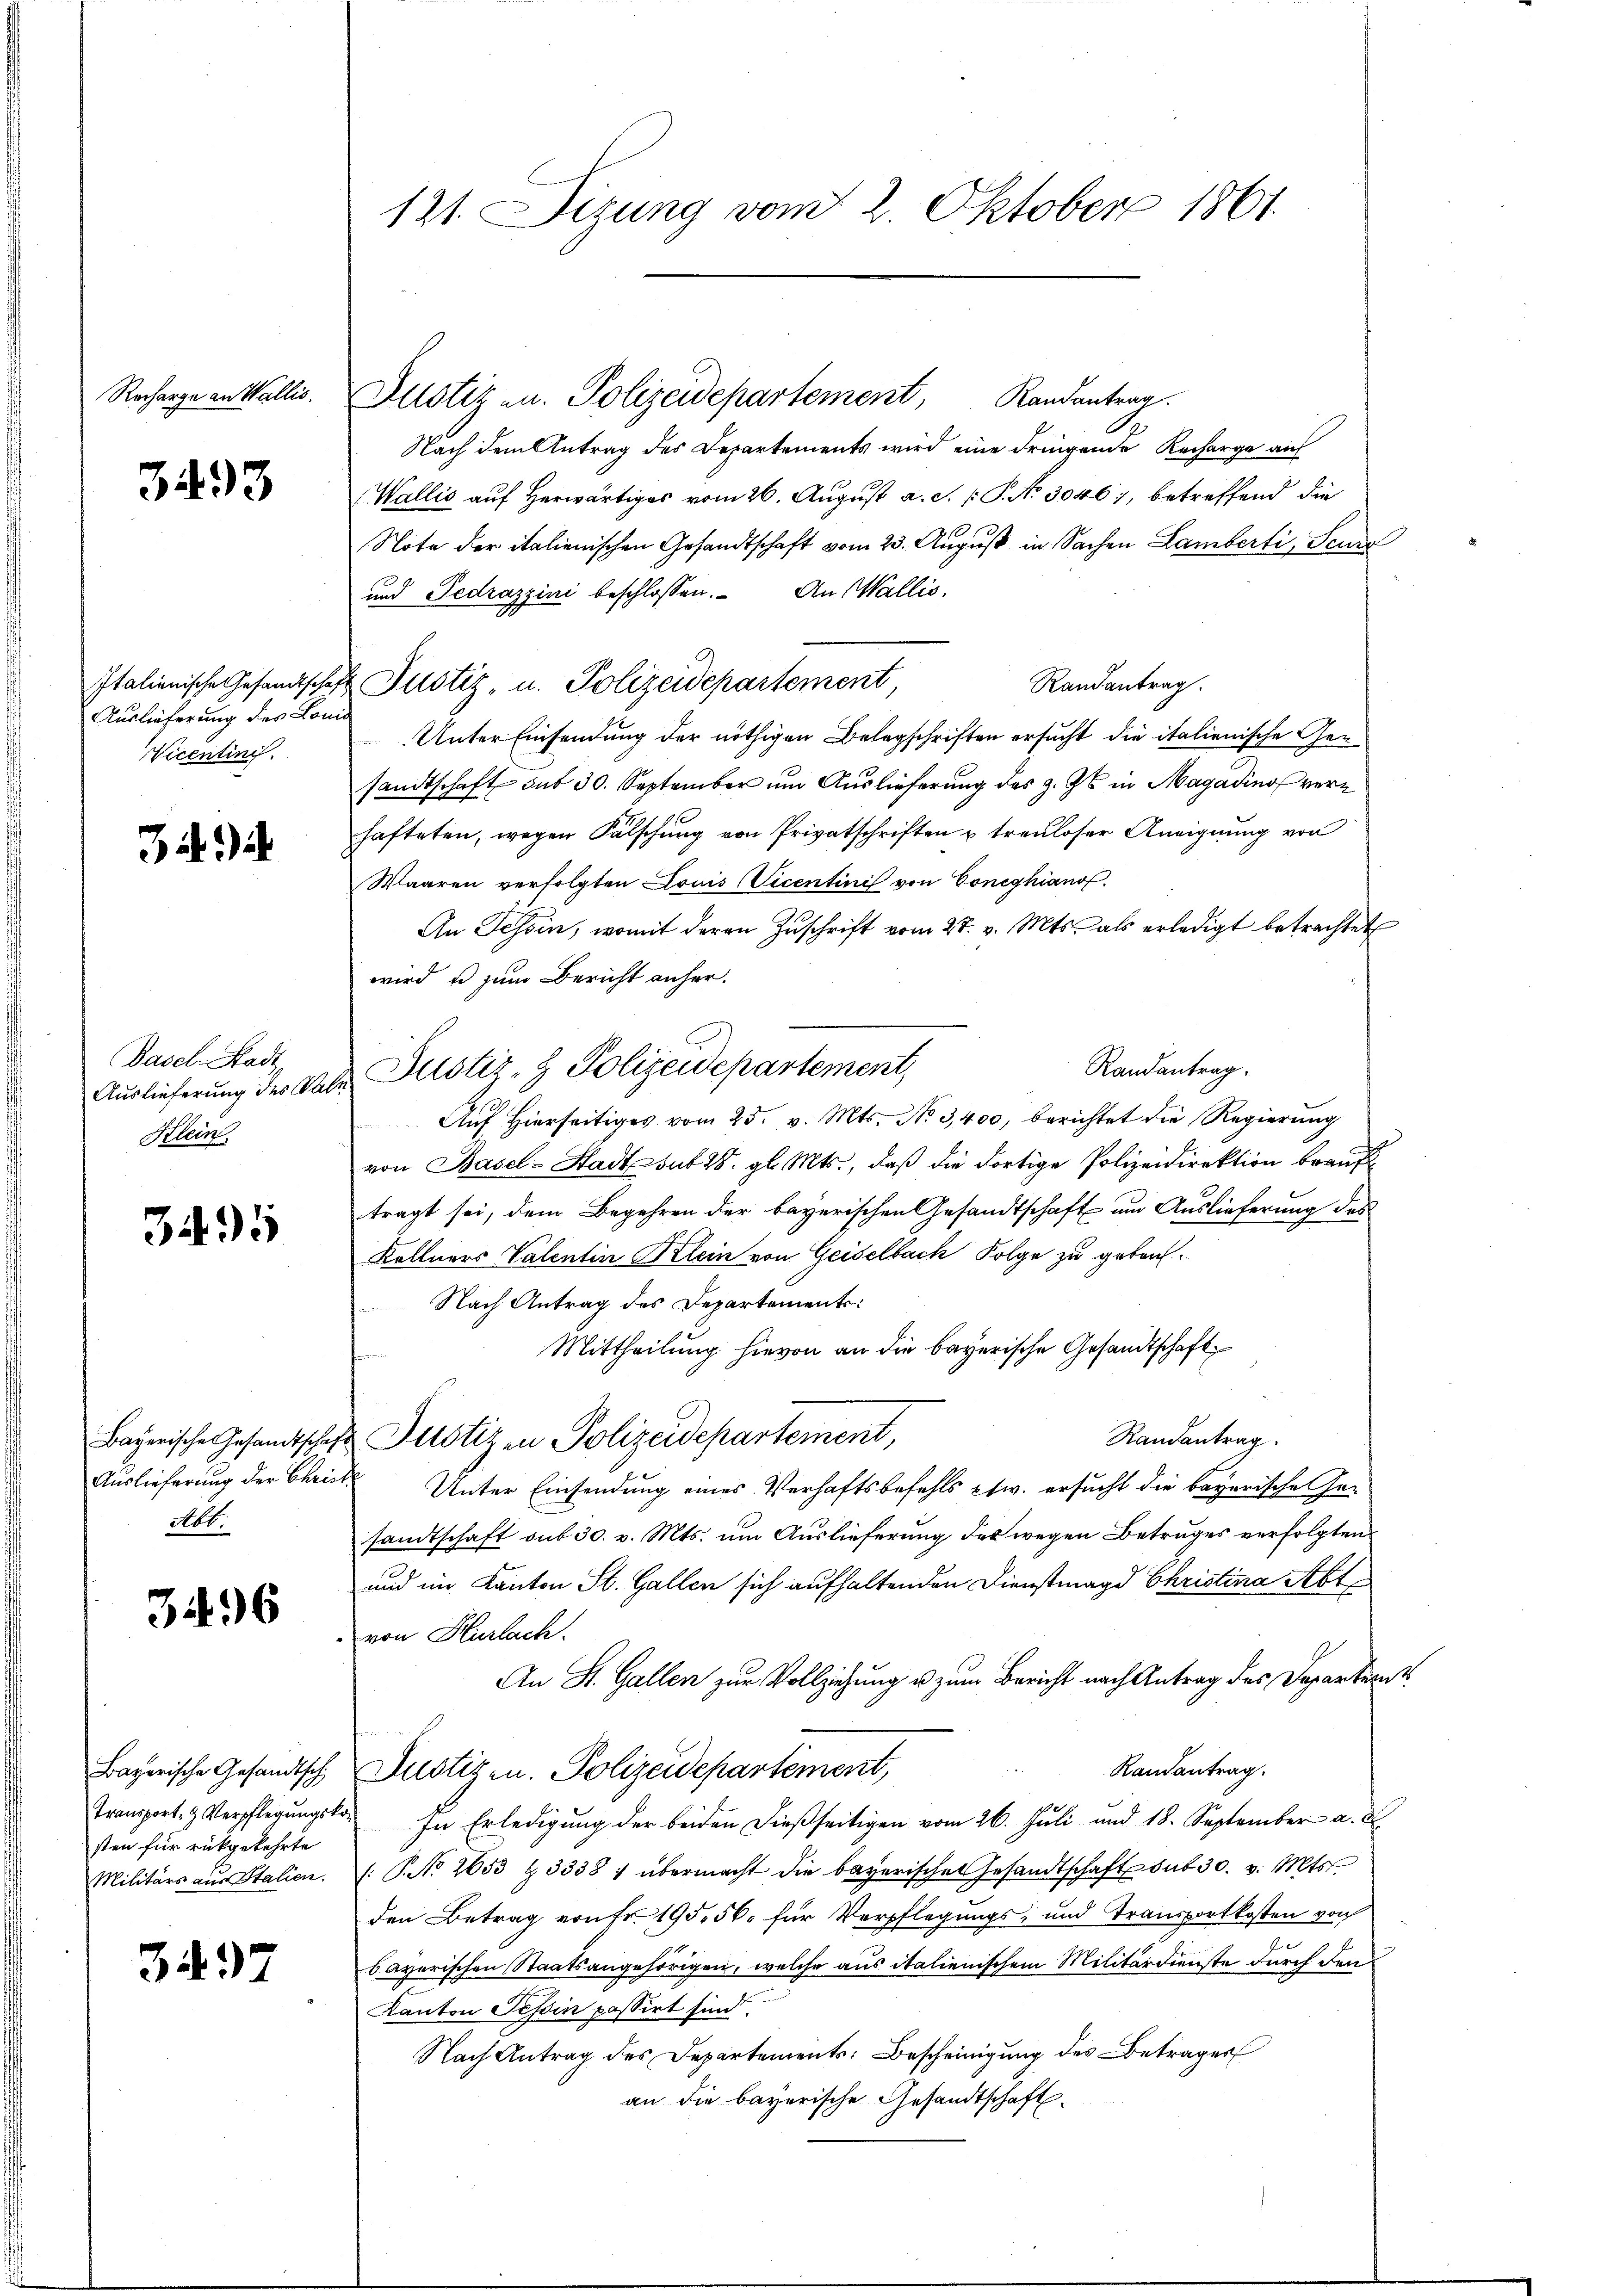
Recharge an Wallis.

3493

Auslieferung des Lond
Vicentini.

34)

Basel-Stadt,
Klein.

3495

Auslieferung der Chri¬
Abt.

3496

sten für rückgekehrte

3497

121. Sizung vom 2. Oktober 1861

Justiz u. Polizeidepartement, Randantrag.
Nach dem Antrag des Departements wird eine dringende Recharge auf
Wallis auf Herwärtiges vom 26. August a. S. P. No 3046), betreffend die
Note der italienischen Gesandtschaft vom 23. August in Sachen Lamberti, Seuza
und Gedrazzini beschlossen. An Wallis,
Italienische Gesandtschaft Justiz- u. Polizeidepartement
Randantrag.
Unter Einsendung der nöthigen Belegschriften ersucht die italienische Gesandtschaft mit 30. September um Auslieferung des z. Zt. in Magadino verhafteten, wegen Fälschung von Privatschriften u treuloser Aneignung von
Waaren verfolgten Louis Vicentinis von Coneghianof
An Tessin, womit deren Zŭschrift vom 28. v. Mts. als erledigt betrachtet
wird u zum Bericht anher.
Randantrag.
Auslieferung des Salz, Pustiz- & Polizeidepartement,
Auf hierseitiges vom 25. v. Mts. No 3,400, berichtet die Regierung
von Basel-Stadt sub 28. gl. Mts., daß die dortige Polizeidirektion brauf
tragt sei, dem Begehren der bayerischen Gesandtschaft um Auslieferung des
Köllners Valentin Klein von Geiselbach Folge zu gebenh
Nach Antrag des Departements:
Mittheilung hievon an die bayerische Gesandtschaft
Randantrag
Bayerische Gesandtschaft Plotizen Polizeidepartement,
 Unter Einsendung eines Verhaftsbefehls etw. ersucht die bayerische Gesandtschaft sub 30. v. Mts. um Auslieferung des wegen Betruges verfolgten
und im Kanton St. Gallen sich aufhaltenden Dienstmagd Christina Abt
von Hurlach.
An St. Gallen zur Vollziehung u. zum Bericht nach Antrag des Departernt
Randantrag.
Bayerische Gesandtsch, Justizen. Polizeidepartement,
Transport- & Verpflegŭngsko. In Erledigŭng der beiden dießseitigen vom 26. Jŭli und 18. September a. a
Militärs aŭs Italien. (T. No 2653 § 3338 1 übermacht die bayerische Gesandtschaft sub 30. v. Mts.
den Betrag von Fr. 195. 56. für Verpflegungs- und Transportkosten von
bayerischen Staatsangehörigen, welche aus italienischem Militärdienste durch den
Kanton Tessin passirt sind.
Nach Antrag des Departements: Bescheinigung des Betrages
an die bayerische Gesandtschaft